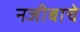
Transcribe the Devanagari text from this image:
नजीबाचे